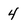
Character: 4